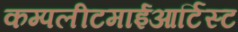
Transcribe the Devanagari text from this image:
कम्पलीटमाईआर्टिस्ट